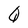
Character: Q